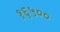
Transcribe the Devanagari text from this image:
१६५००